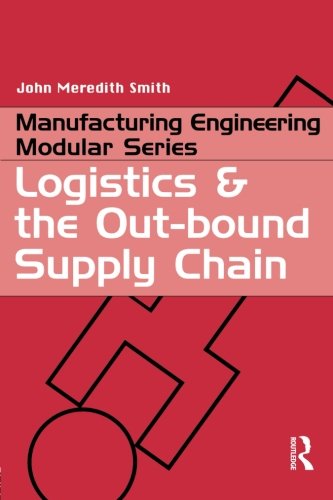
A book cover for Logistics and the Out-bound Supply Chain (Manufacturing Engineering Series); John Meredith Smith; Business & Money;